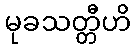
မုခသတ္တီဟိ